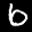
Label: 6